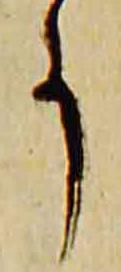
事